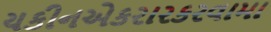
યકીનએકરારકરવામા